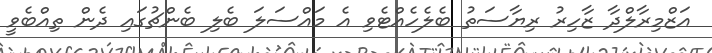
އަޒްމިރާލްދާ ޒާހިރު ރިޔާސަތު ބެލެހެއްޓެވި އެ މައްސަލަ ބެލި ބެންޗުގައި ދެން ތިއްބެވީ